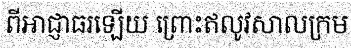
ពីអាជ្ញាធរឡើយ ព្រោះឥលូវសាលក្រម